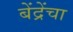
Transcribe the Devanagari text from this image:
बेंद्रेंचा